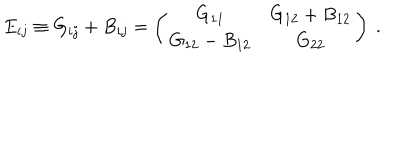
LaTeX: E _ { i j } \equiv G _ { i j } + B _ { i j } = \left( \begin{array} { c c } { { G _ { 1 1 } } } & { { G _ { 1 2 } + B _ { 1 2 } } } \\ { { G _ { 1 2 } - B _ { 1 2 } } } & { { G _ { 2 2 } } } \\ \end{array} \right) ~ .